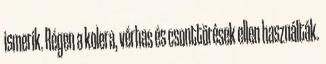
ismerik. Régen a kolera, vérhas és csonttörések ellen használták.